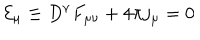
{ \cal E } _ { \mu } \equiv D ^ { \nu } F _ { \mu \nu } + 4 \pi j _ { \mu } = 0